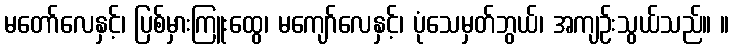
မတော်လေနှင့်၊ ပြစ်မှားကြူးထွေ၊ မကျော်လေနှင့်၊ ပုံသေမှတ်ဘွယ်၊ အကျဉ်းသွယ်သည်။ ။